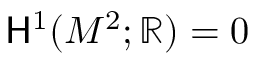
{ \mathsf { H } } ^ { 1 } ( M ^ { 2 } ; \mathbb { R } ) = 0